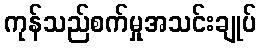
ကုန်သည်စက်မှုအသင်းချုပ်